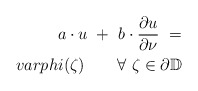
\begin{align*}a\cdot u\ +\ b\cdot\frac{\partial u}{\partial \nu}\ =\\varphi(\zeta) \quad\quad\forall\ \zeta\in\partial\mathbb D\end{align*}